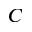
C